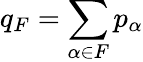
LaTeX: q_{F}=\sum_{\alpha\in F}p_{\alpha}